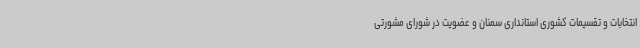
انتخابات و تقسیمات کشوری استانداری سمنان و عضویت در شورای مشورتی